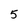
Character: 5